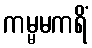
ကမ္မမကရိံ